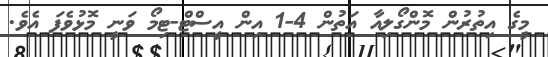
މީގެ އިތުރުން މޮންގޯލިއާ އަތުން 4-1 އިން އީސްޓް-ޓިމޯ ވަނީ މޮޅުވެފަ އެވެ.